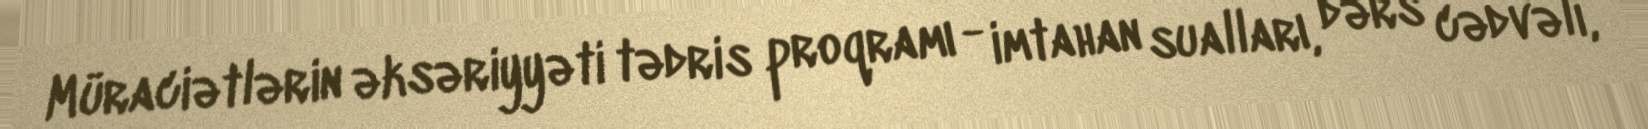
Müraciətlərin əksəriyyəti tədris proqramı - imtahan sualları, dərs cədvəli,